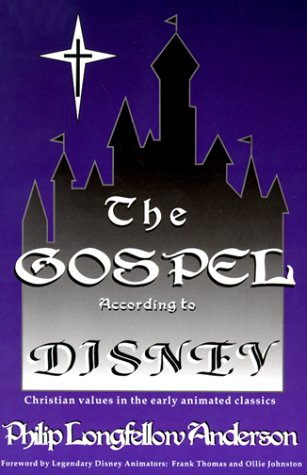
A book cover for The Gospel According to Disney: Christian Values in the Early Animated Classics; Philip Longfellow Anderson; Humor & Entertainment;